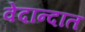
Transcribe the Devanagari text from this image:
वेदान्दात